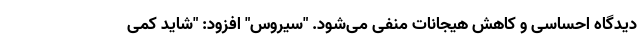
دیدگاه احساسی و کاهش هیجانات منفی می‌شود. "سیروس" افزود: "شاید کمی